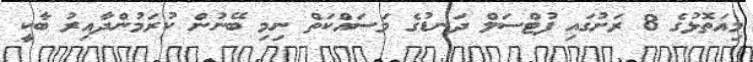
މިއަތޮޅުގެ 8 ރަށުގައި ފުޓްސަލް ދަނޑުގެ މަސައްކަތް ނިމި ބޭނުން ކުރަމުންދާއިރު ބާކީ